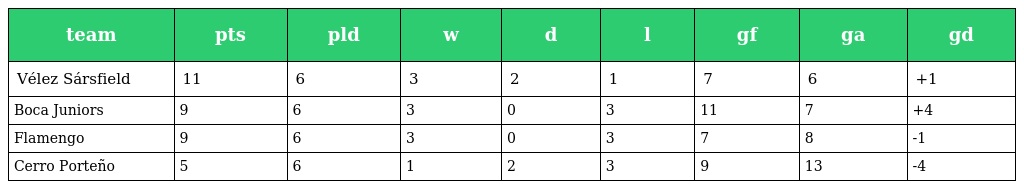
| team | pts | pld | w | d | l | gf | ga | gd |
 | --- | --- | --- | --- | --- | --- | --- | --- | --- |
 | Vélez Sársfield | 11 | 6 | 3 | 2 | 1 | 7 | 6 | +1 |
 | Boca Juniors | 9 | 6 | 3 | 0 | 3 | 11 | 7 | +4 |
 | Flamengo | 9 | 6 | 3 | 0 | 3 | 7 | 8 | -1 |
 | Cerro Porteño | 5 | 6 | 1 | 2 | 3 | 9 | 13 | -4 |